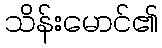
သိန်းမောင်၏